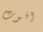
افوت